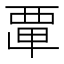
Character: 𮗂